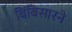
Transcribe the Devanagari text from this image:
बिंबिसारने